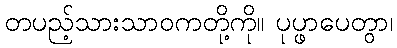
တပည့်သားသာဝကတို့ကို။ ပုပ္ဖာပေတွာ၊